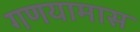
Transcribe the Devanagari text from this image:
गणयामास